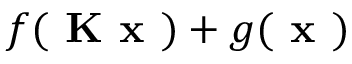
f ( \textbf { K x } ) + g ( \textbf { x } )